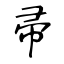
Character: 帚